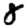
Digit: 8